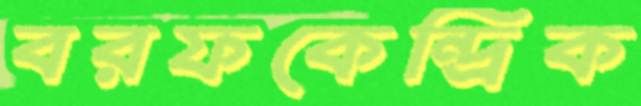
বরফকেন্দ্রিক